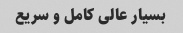
بسیار عالی کامل و سریع